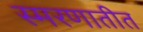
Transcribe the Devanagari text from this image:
स्मरणातीत